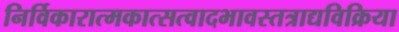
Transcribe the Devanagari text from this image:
निर्विकारात्मकात्सत्वादभावस्तत्राद्यविक्रिया